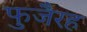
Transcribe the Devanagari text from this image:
फुजैरह